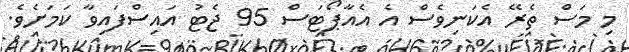
މި މަސް ތެރޭ އެކަނިވެސް އެ އެއާޕޯޓަސް 95 ޖެޓު އައިސްފައިވާ ކަމަށެވެ.